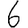
Digit: 6